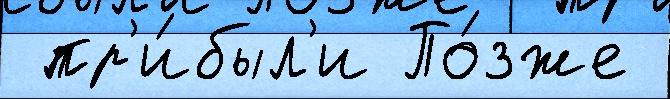
 пр'и́был'и По́зже